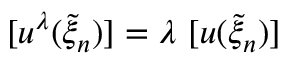
[ u ^ { \lambda } ( \widetilde { \xi } _ { n } ) ] = \lambda ~ [ u ( \widetilde { \xi } _ { n } ) ]